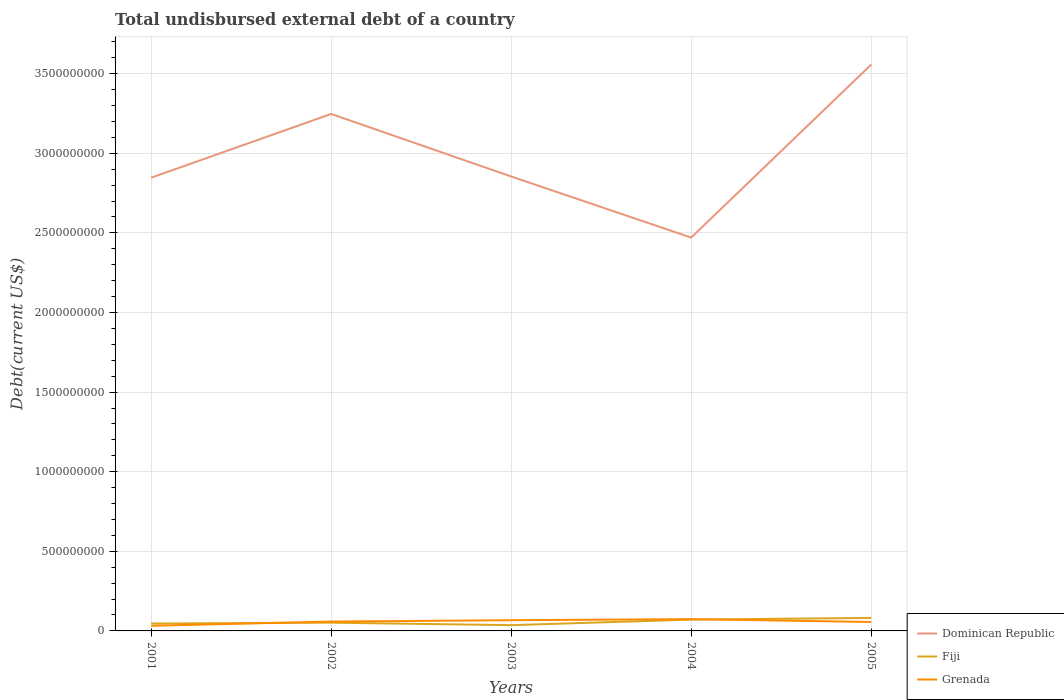
| Years | Dominican Republic | Fiji | Grenada |
 | --- | --- | --- | --- |
 | 2001 | 2.85e+09 | 4.64e+07 | 3.23e+07 |
 | 2002 | 3.25e+09 | 5.19e+07 | 5.88e+07 |
 | 2003 | 2.85e+09 | 3.62e+07 | 6.73e+07 |
 | 2004 | 2.47e+09 | 7.1e+07 | 7.4e+07 |
 | 2005 | 3.56e+09 | 8.17e+07 | 5.61e+07 |